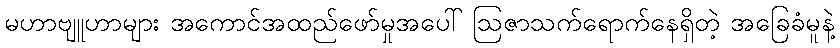
မဟာဗျူဟာများ အကောင်အထည်ဖော်မှုအပေါ် ဩဇာသက်ရောက်နေရှိတဲ့ အခြေခံမူနဲ့